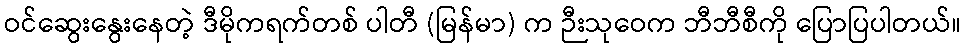
ဝင်ဆွေးနွေးနေတဲ့ ဒီမိုကရက်တစ် ပါတီ (မြန်မာ) က ဉီးသုဝေက ဘီဘီစီကို ပြောပြပါတယ်။